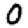
Digit: 0